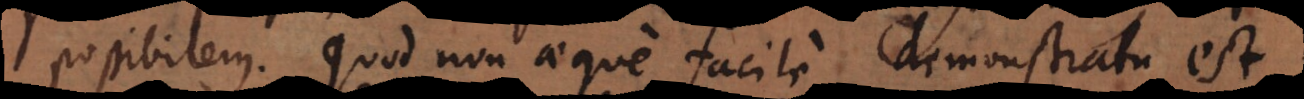
possibilem. Quod non aeque facile demonstratu est.